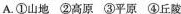
A.①山地②高原③平原④丘陵